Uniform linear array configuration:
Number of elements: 48
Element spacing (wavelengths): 0.25
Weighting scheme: uniform
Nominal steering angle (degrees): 45
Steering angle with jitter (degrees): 45.191
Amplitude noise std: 0.05
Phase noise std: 0.05

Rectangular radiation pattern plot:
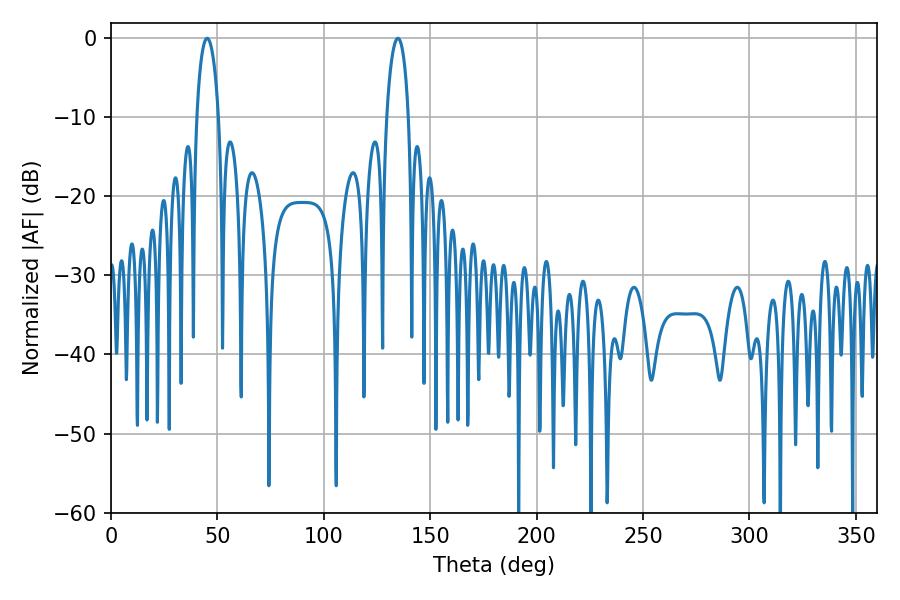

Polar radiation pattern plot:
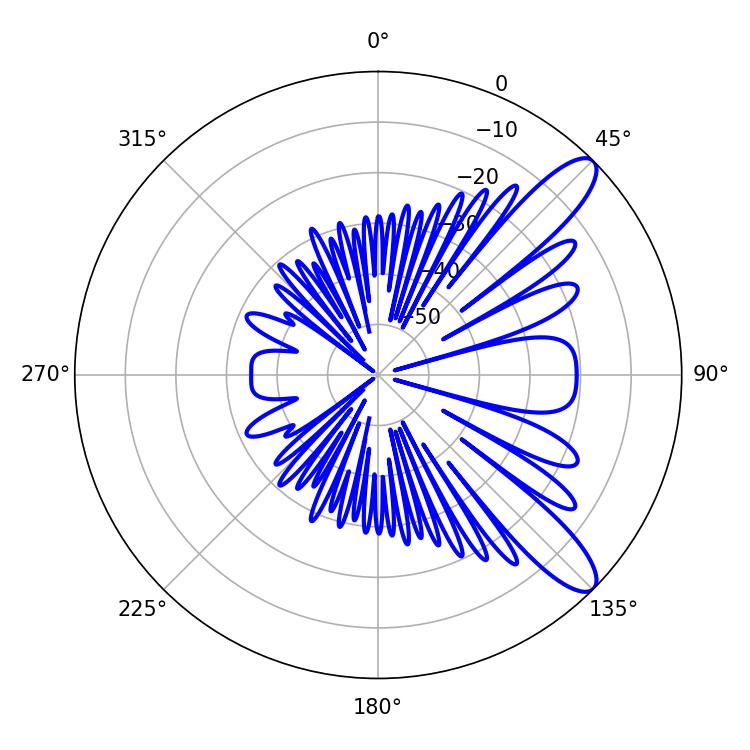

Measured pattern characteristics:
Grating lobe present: FALSE
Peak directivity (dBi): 10.726
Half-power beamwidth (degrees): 5.94
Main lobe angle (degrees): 45.18